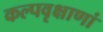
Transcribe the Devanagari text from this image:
कल्पवृक्षाणां